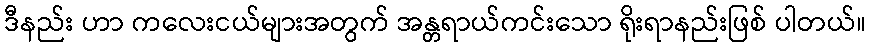
ဒီနည်း ဟာ ကလေးငယ်များအတွက် အန္တရာယ်ကင်းသော ရိုးရာနည်းဖြစ် ပါတယ်။